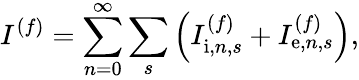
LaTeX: I^{(f)}=\sum_{n=0}^{\infty}\sum_{s}\left(I_{\mathrm{i},n,s}^{(f)}+I_{\mathrm{e},n,s}^{(f)}\right),